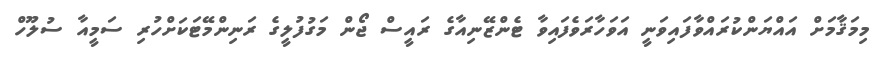
މިމަޤާމަށް އައްޔަންކުރައްވާފައިވަނީ އަވަހާރަވެފައިވާ ޓެންޒޭނިއާގެ ރައީސް ޖޯން މަގުފުލީގެ ރަނިންމޭޓަކަށްހުރި ސަމީއާ ސުލޫހް